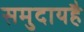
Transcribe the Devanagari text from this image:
समुदायहै